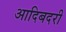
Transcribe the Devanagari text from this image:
आदिबदरी